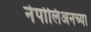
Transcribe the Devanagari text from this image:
नेपोलिअनच्या